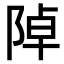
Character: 𨺑